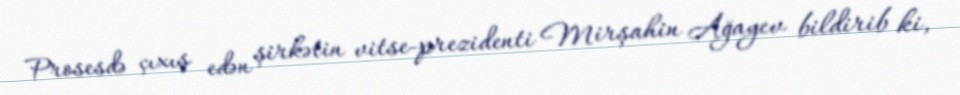
Prosesdə çıxış edən şirkətin vitse-prezidenti Mirşahin Ağayev bildirib ki,